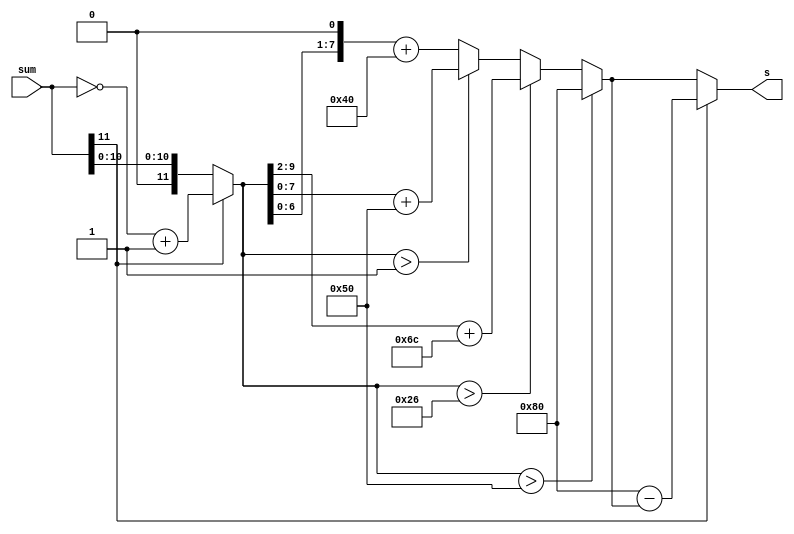
module sigmoid
  #(parameter input_bitlength = 12, parameter bitlength = 8)
  (
    input [input_bitlength-1:0] sum,
    output reg[bitlength-1:0] s

    );

  wire sign;
  reg[input_bitlength-1:0] z;
  assign   sign = sum[11]; //the sign bit
  always @(sum) begin

    if (sign==1)
      z = ~sum+1; //negligate and plus one, 如果输入是负数
    else
      z = sum;
    if (z>8'b01010000)//z>5
      s = 8'b10000000; // s=1
    else if (z>8'b0010_0110) //2.375<z<5
      s = z[9:2] + 8'b01101100; //s=z/32+6'b011011/32
    else if (z>1) //1<z<2.375
      s = z[7:0] + 8'b01010000;
    else
      s = {z[6:0], 1'b0} + 8'b01000000;

    if(sign==1)
      s = 8'b10000000 - s;
  end
endmodule